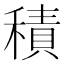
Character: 積